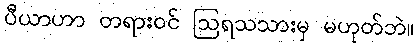
ပီယာဟာ တရားဝင် ဩရသသားမှ မဟုတ်ဘဲ။